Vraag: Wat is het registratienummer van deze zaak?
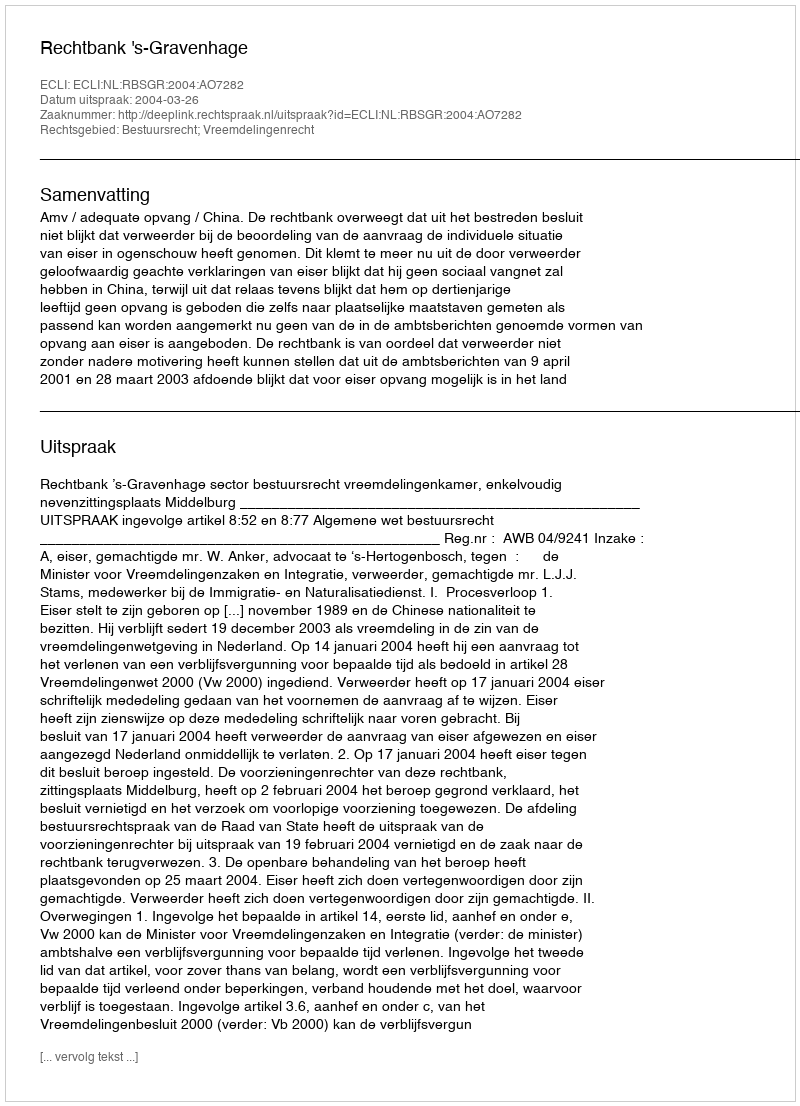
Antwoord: http://deeplink.rechtspraak.nl/uitspraak?id=ECLI:NL:RBSGR:2004:AO7282